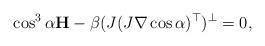
LaTeX: \begin{align*}\cos^3\alpha{\bf{H}}-\beta(J(J\nabla\cos\alpha)^\top)^\bot=0, \end{align*}